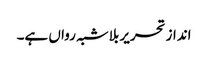
انداز تحریر بلاشبہ رواں ہے۔